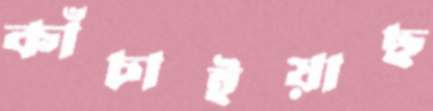
কাঁচাইয়াছ